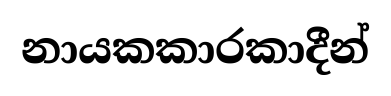
නායකකාරකාදීන්